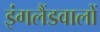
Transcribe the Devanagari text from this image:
इंगलैंडवालों